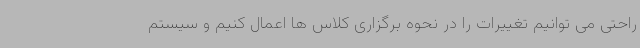
راحتی می توانیم تغییرات را در نحوه برگزاری کلاس ها اعمال کنیم و سیستم